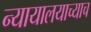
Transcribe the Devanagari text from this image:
न्यायालयाच्याच